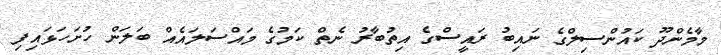
މާމެންދޫ ކައުންސިލްގެ ނައިބު ރައީސްގެ އިތުބާރު ނެތް ކަމުގެ މައްސަލައެއް ބަލަން ހުށަހަޅައިފި